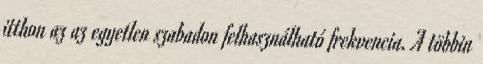
itthon az az egyetlen szabadon felhasználható frekvencia. A többin